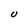
Character: U